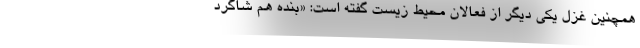
همچنین غزل یکی دیگر از فعالان محیط زیست گفته است: «بنده هم شاگرد